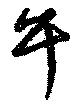
午